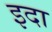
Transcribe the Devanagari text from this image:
इदा